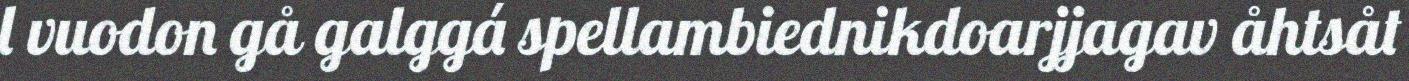
l vuodon gå galggá spellambiednikdoarjjagav åhtsåt